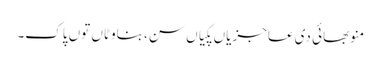
منو بھائی دی عاجزیاں پکیاں سن، بناوٹاں توں پاک۔